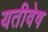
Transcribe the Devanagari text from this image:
यतीवेष